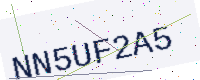
Text: NN5UF2A5